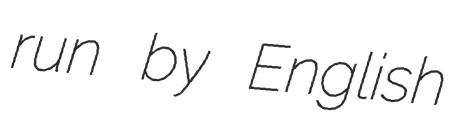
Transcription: run by English